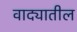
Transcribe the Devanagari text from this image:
वाद्यातील